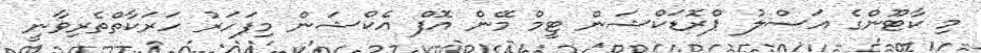
މި ކާޓޫންގެ އަސްލު ޕްރޮޑަކްޝަން ޓީމް މޭން އޮފް އެކްޝަން މިފަހަރު ހަރަކާތްތެރިވާނީ